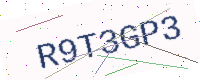
Text: R9T3GP3